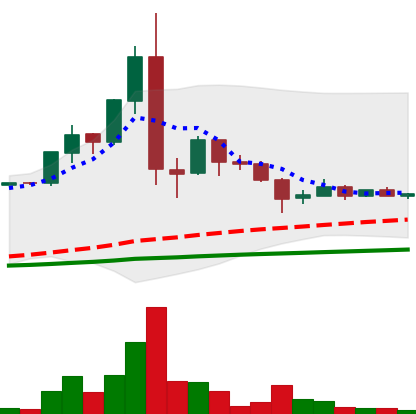
Ticker: LTC-USD
Chart end date: 2015-07-22
Forward return: 22.17%
Label: up_7plus